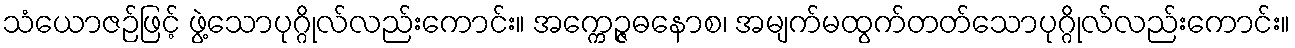
သံယောဇဉ်ဖြင့် ဖွဲ့သောပုဂ္ဂိုလ်လည်းကောင်း။ အက္ကေဉ္ဇဓနောစ၊ အမျက်မထွက်တတ်သောပုဂ္ဂိုလ်လည်းကောင်း။